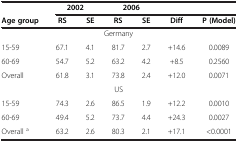
<table><thead><tr><td><b> </b></td><td colspan="2"><b>2002</b></td><td colspan="2"><b>2006</b></td><td colspan="2"><b> </b></td></tr><tr><td><b>Age group</b></td><td><b>RS</b></td><td><b>SE</b></td><td><b>RS</b></td><td><b>SE</b></td><td><b>Diff</b></td><td><b>P (Model)</b></td></tr></thead><tbody><tr><td colspan="7">Germany</td></tr><tr><td>15-59</td><td>67.1</td><td>4.1</td><td>81.7</td><td>2.7</td><td>+14.6</td><td>0.0089</td></tr><tr><td>60-69</td><td>54.7</td><td>5.2</td><td>63.2</td><td>4.2</td><td>+8.5</td><td>0.2560</td></tr><tr><td>Overall</td><td>61.8</td><td>3.1</td><td>73.8</td><td>2.4</td><td>+12.0</td><td>0.0071</td></tr><tr><td colspan="7">US</td></tr><tr><td>15-59</td><td>74.3</td><td>2.6</td><td>86.5</td><td>1.9</td><td>+12.2</td><td>0.0010</td></tr><tr><td>60-69</td><td>49.4</td><td>5.2</td><td>73.7</td><td>4.4</td><td>+24.3</td><td>0.0027</td></tr><tr><td>Overall <sup>a</sup></td><td>63.2</td><td>2.6</td><td>80.3</td><td>2.1</td><td>+17.1</td><td>&lt;0.0001</td></tr></tbody></table>